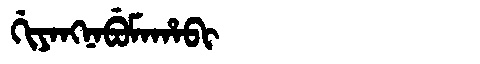
Manchu: ᡤᡳᠶᠠᠩᠨᠠᠪᡠᠮᠠᡥᠠᠪᡳ
Romanization: GIYANGNABUMAHABI